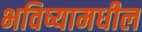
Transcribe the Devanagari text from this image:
भविष्यामधील